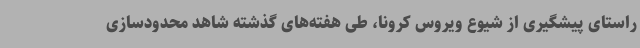
راستای پیشگیری از شیوع ویروس کرونا، طی هفته‌های گذشته شاهد محدودسازی